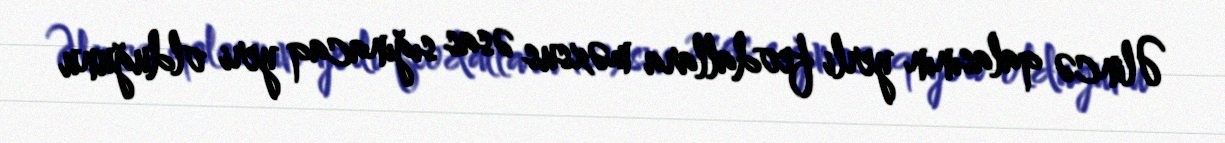
Əlincə qalasının yerli feodallara məxsus əsas sığınacaq yeri olduğunu